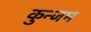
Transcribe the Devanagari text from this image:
कुन्जम